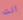
انت